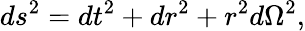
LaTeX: ds^{2}=dt^{2}+dr^{2}+r^{2}d\Omega^{2},